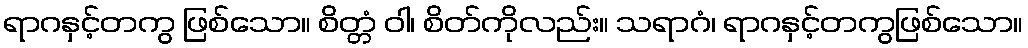
ရာဂနှင့်တကွ ဖြစ်သော။ စိတ္တံ ဝါ၊ စိတ်ကိုလည်း။ သရာဂံ၊ ရာဂနှင့်တကွဖြစ်သော။